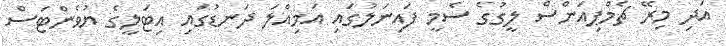
އަދި މިރޭ ޗެމްޕިއަންސް ލީގުގެ ސެމީ ފައިނަލުގައި އަމިއްލަ ދަނޑުގައި އިޓަލީގެ ޔުވެންޓަސް